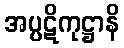
အပ္ပဋိကုဋ္ဌာနိ